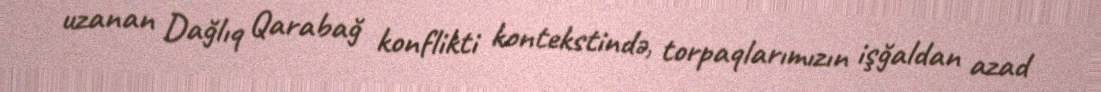
uzanan Dağlıq Qarabağ konflikti kontekstində, torpaqlarımızın işğaldan azad